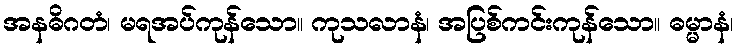
အနဓိဂတံ၊ မရအပ်ကုန်သော။ ကုသလာနံ၊ အပြစ်ကင်းကုန်သော။ ဓမ္မာနံ၊